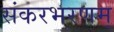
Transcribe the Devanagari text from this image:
संकरभरणम्